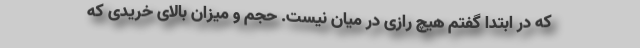
که در ابتدا گفتم هیچ رازی در میان نیست. حجم و میزان بالای خریدی که